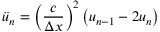
{ \ddot { u } } _ { n } = { \left( { \frac { c } { \Delta x } } \right) } ^ { 2 } \left( u _ { n - 1 } - 2 u _ { n } \right)